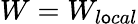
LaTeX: W=W_{l\mathsf{o}cal}